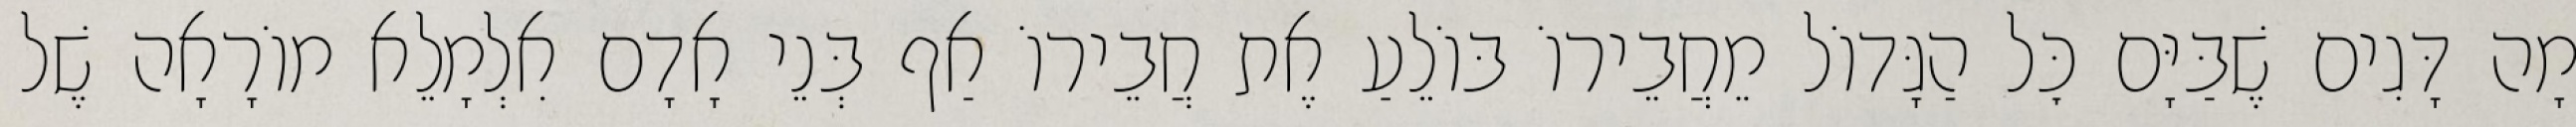
מָה דָּגִים שֶׁבַּיָּם כׇּל הַגָּדוֹל מֵחֲבֵירוֹ בּוֹלֵעַ אֶת חֲבֵירוֹ אַף בְּנֵי אָדָם אִלְמָלֵא מוֹרָאָה שֶׁל